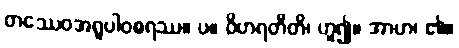
တဿေဝအရူပါဝစရဿ။ ပ။ ဝိဟရတီတိ၊ ဟူ၍။ အာဟ၊ ၏။